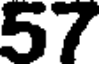
57